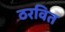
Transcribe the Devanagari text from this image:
ठरवित